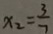
x _ { 2 } = \frac { 3 } { 7 }